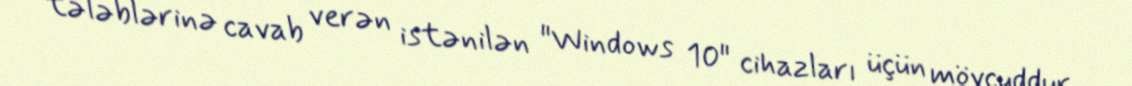
tələblərinə cavab verən istənilən "Windows 10" cihazları üçün mövcuddur.